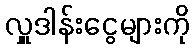
လှူဒါန်းငွေများကို